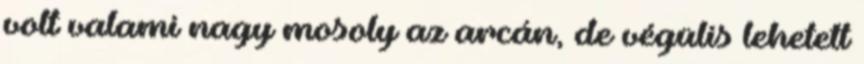
volt valami nagy mosoly az arcán, de végülis lehetett